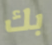
بك